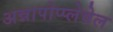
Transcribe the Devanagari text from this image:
अन्नापोप्प्लेवेल